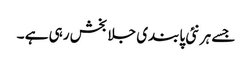
جسے ہر نئی پابندی جلا بخش رہی ہے ۔